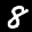
Label: 8